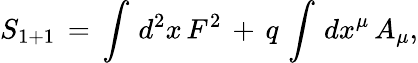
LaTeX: S_{1+1}\, =\, \int\, d^{2}x\, F^{2}\, +\, q\, \int\, dx^{\mu}\, A_{\mu},